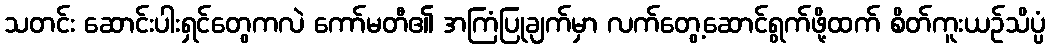
သတင်း ဆောင်းပါးရှင်တွေကလဲ ကော်မတီ၏ အကြံပြုချက်မှာ လက်တွေ့ဆောင်ရွက်ဖို့ထက် စိတ်ကူးယဉ်သိပ္ပံ